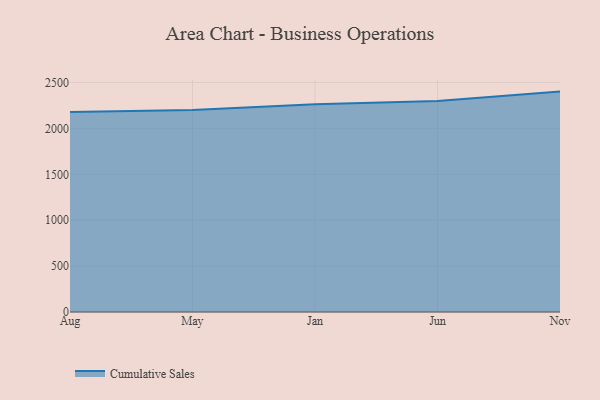
{"axis": {"x": "Month", "y": "Inventory Turnover"}, "legend": ["Cumulative Sales"], "data": [{"x": "Aug", "y": 2177.6, "type": "Cumulative Sales"}, {"x": "May", "y": 2201.4, "type": "Cumulative Sales"}, {"x": "Jan", "y": 2263.1, "type": "Cumulative Sales"}, {"x": "Jun", "y": 2298.1, "type": "Cumulative Sales"}, {"x": "Nov", "y": 2400.8, "type": "Cumulative Sales"}]}